Vabadussoja_Ajaloo_Komitee, lk 7
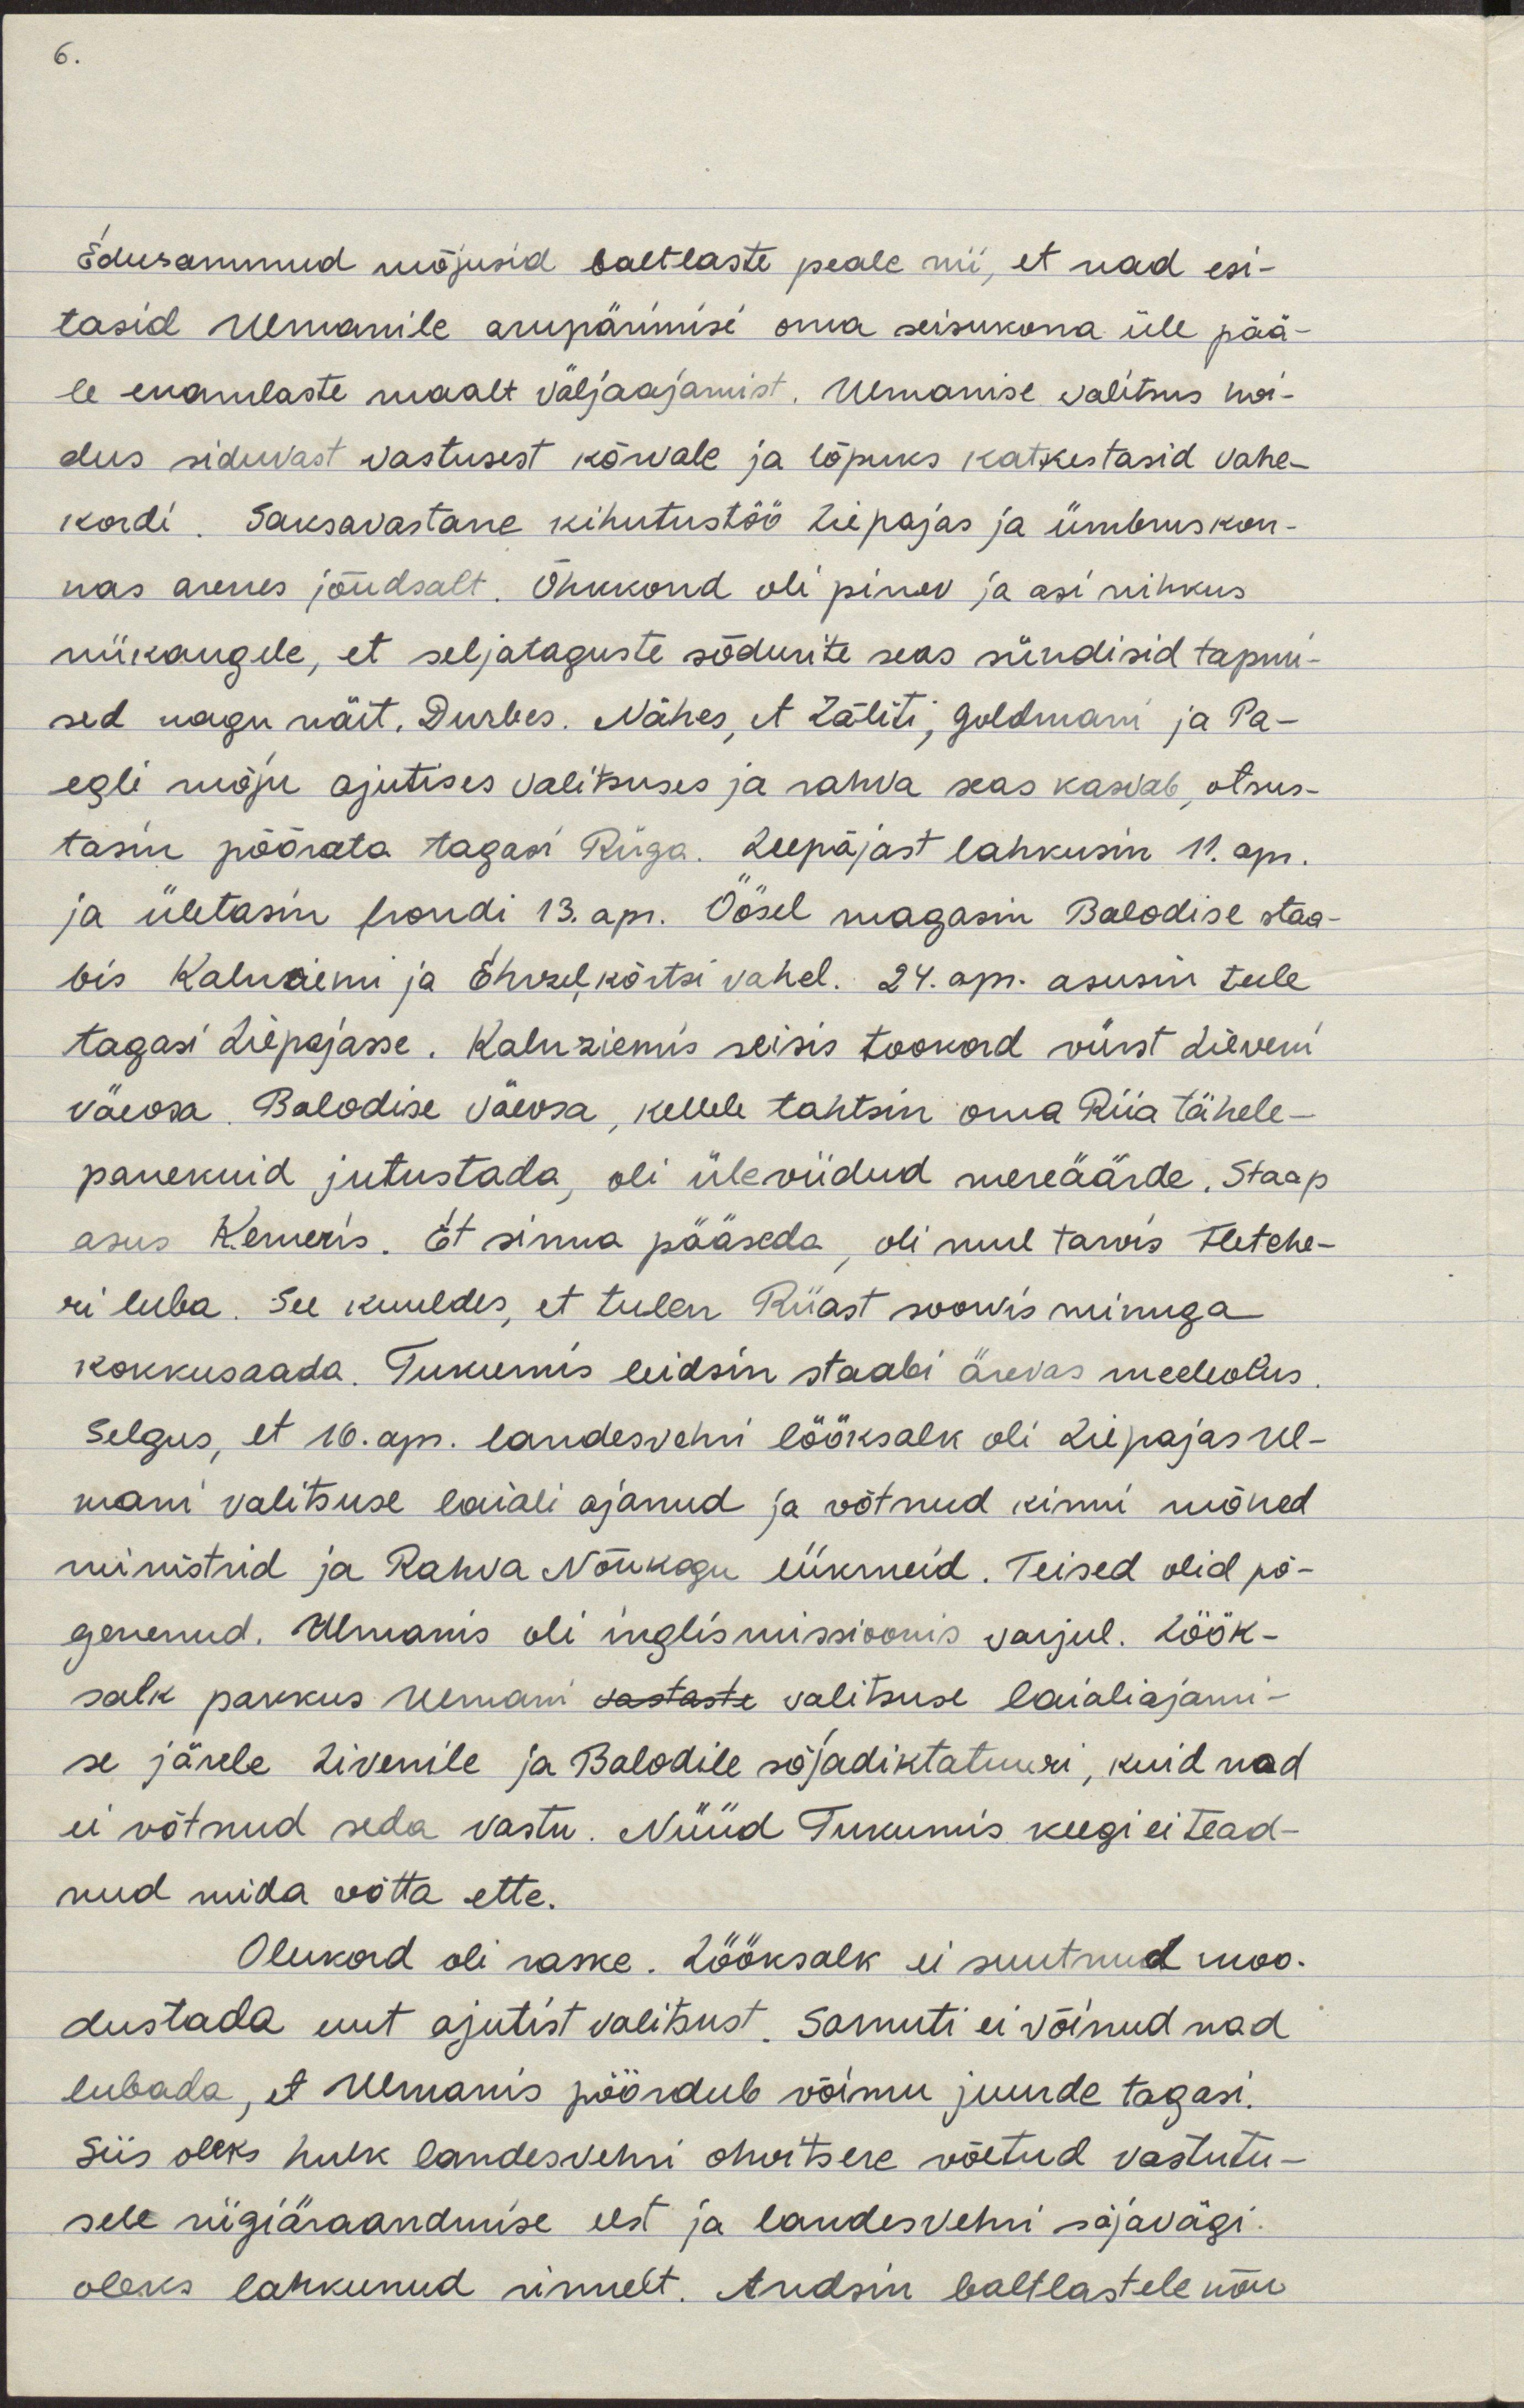
Edusammud mõjusid baltlaste peale nii, et nad esi-
tasid Ulmanile arupärimisi oma seisukorra üle pää-
le enamlaste maalt väljaajamist. Ulmanise valitsus hoi-
dus siduvast vastusest kõrvale ja lõpuks katkestasid vahe-
kordi. Saksavastane kihutustöö Liepajas ja ümbruskon-
nas arenes jõudsalt. Õhkkond oli pinev ja asi nihkus
niikaugele, et seljataguste sõdurite seas sündisid tapmi-
sed nagu näit. Durbes. Nähes, et Zāliti, Goldmani ja Pa-
egli mõju ajutise valitsuse ja rahva seas kasvab, otsus-
tasin pöörata tagasi Riiga. Seepärast lahkusin 11. apr.
ja ületasin frondi 13. apr. Öösel magasin Balodise staa-
bis Kaluziemi ja Ehrzel kõrtsi vahel. 24. apr. asusin teele
tagasi Liepajasse. Kaluziemis seisis tookord vürst Lieveni
väeosa. Balodise väeosa, kellele tahtsin oma Riia tähele-
panekuid jutustada, oli üleviidud mereäärde. Staap
asus Kemeris. Et sinna pääseda, oli mul tarvis Fletche-
ri luba. See kuuldes, et tulen Riiast soovis minuga
kokkusaada. Tukumis leidsin staabi ärevas meeleolus.
Selgus, et 16. apr. landesvehri lööksalk oli Liepajas Ul-
mani valitsuse laiali ajanud ja võtnud kinni mõned
ministrid ja Rahva Nõukogu liikmed. Teised olid põ-
genenud. Ulmanis oli inglismissioonis varjul. Löök-
salk pakkus Ulmani vastaste valitsuse laialiajami-
se järele Zivenile ja Balodile sõjadiktatuuri, kuid nad
ei võtnud seda vastu. Nüüd Tukumis keegi ei tead-
nud, mida ette võtta.
Olukord oli raske. Lööksalk ei suutnud moo-
dustada uut ajutist valitsust. Samuti ei võinud nad
lubada, et Ulmanis pöördub võimu juurde tagasi.
Siis oleks hulk landesvehri ohvitsere võetud vastutu-
sele riigiäraandmise eest ja landesvehri sõjavägi
oleks lahknud rinnelt. Andsin baltlastele nõu